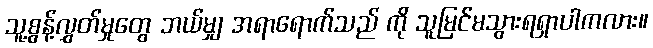
သူ့စွန့်လွှတ်မှုတွေ ဘယ်မျှ အရာရောက်သည် ကို သူမြင်မသွားရရှာပါကလား။